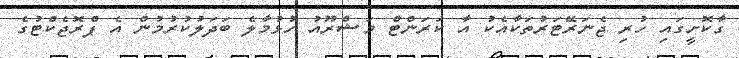
ގާކޮށީގައި ހުރި ޖެނަރޭޓަރުތަކާއެކު އާ ކަރަންޓް މަޝްރޫއު ހުޅުމާލެ ބަދަލުކުރުމުން އެ ޕްރޮޖެކްޓުގެ